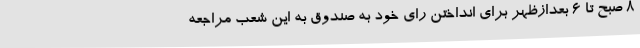
8 صبح تا 6 بعدازظهر برای انداختن رای خود به صندوق به این شعب مراجعه